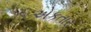
એકતાર